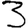
Digit: 3